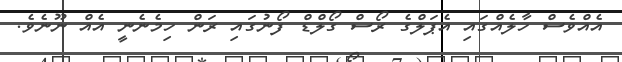
އެއްވެސް ހާލެއްގައި އެޕަލްގެ ރޯސް ގޯލްޑް ފޯނުގައި ރަން ހިމެނެނީ އެއް ނޫނެވެ.